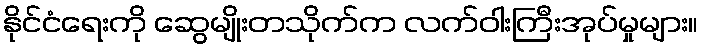
နိုင်ငံရေးကို ဆွေမျိုးတသိုက်က လက်ဝါးကြီးအုပ်မှုများ။